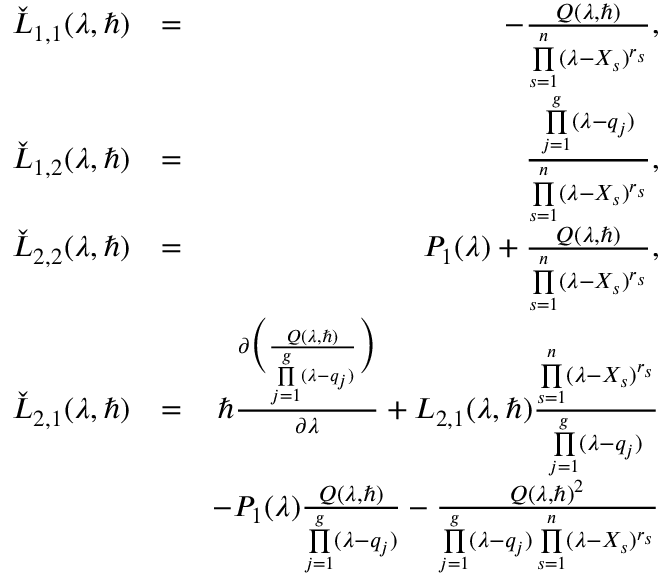
\begin{array} { r l r } { \check { L } _ { 1 , 1 } ( \lambda , \hbar ) } & { = } & { - \frac { Q ( \lambda , \hbar ) } { \underset { s = 1 } { \overset { n } { \prod } } ( \lambda - X _ { s } ) ^ { r _ { s } } } , } \\ { \check { L } _ { 1 , 2 } ( \lambda , \hbar ) } & { = } & { \frac { \underset { j = 1 } { \overset { g } { \prod } } ( \lambda - q _ { j } ) } { \underset { s = 1 } { \overset { n } { \prod } } ( \lambda - X _ { s } ) ^ { r _ { s } } } , } \\ { \check { L } _ { 2 , 2 } ( \lambda , \hbar ) } & { = } & { P _ { 1 } ( \lambda ) + \frac { Q ( \lambda , \hbar ) } { \underset { s = 1 } { \overset { n } { \prod } } ( \lambda - X _ { s } ) ^ { r _ { s } } } , } \\ { \check { L } _ { 2 , 1 } ( \lambda , \hbar ) } & { = } & { \hbar \frac { \partial \bigg ( \frac { Q ( \lambda , \hbar ) } { \underset { j = 1 } { \overset { g } { \prod } } ( \lambda - q _ { j } ) } \bigg ) } { \partial \lambda } + L _ { 2 , 1 } ( \lambda , \hbar ) \frac { \underset { s = 1 } { \overset { n } { \prod } } ( \lambda - X _ { s } ) ^ { r _ { s } } } { \underset { j = 1 } { \overset { g } { \prod } } ( \lambda - q _ { j } ) } } \\ & { } & { - P _ { 1 } ( \lambda ) \frac { Q ( \lambda , \hbar ) } { \underset { j = 1 } { \overset { g } { \prod } } ( \lambda - q _ { j } ) } - \frac { Q ( \lambda , \hbar ) ^ { 2 } } { \underset { j = 1 } { \overset { g } { \prod } } ( \lambda - q _ { j } ) \, { \underset { s = 1 } { \overset { n } { \prod } } ( \lambda - X _ { s } ) ^ { r _ { s } } } } } \\ & { } & \end{array}